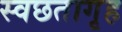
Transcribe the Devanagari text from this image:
स्वछतागृह